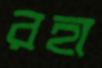
রহা